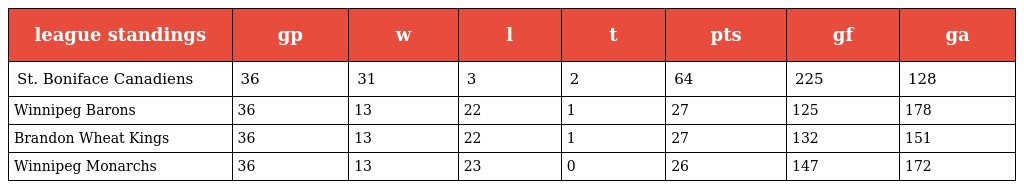
| league standings | gp | w | l | t | pts | gf | ga |
 | --- | --- | --- | --- | --- | --- | --- | --- |
 | St. Boniface Canadiens | 36 | 31 | 3 | 2 | 64 | 225 | 128 |
 | Winnipeg Barons | 36 | 13 | 22 | 1 | 27 | 125 | 178 |
 | Brandon Wheat Kings | 36 | 13 | 22 | 1 | 27 | 132 | 151 |
 | Winnipeg Monarchs | 36 | 13 | 23 | 0 | 26 | 147 | 172 |